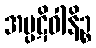
အပ္ပဋိဝါနိဉ္စ